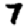
Digit: 7